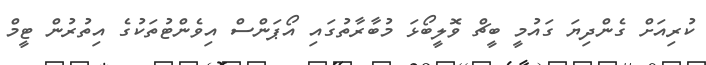
ކުރިއަށް ގެންދިޔަ ގައުމީ ބީޗް ވޮލީބޯޅަ މުބާރާތުގައި އޯޕަންސް އިވެންޓުތަކުގެ އިތުރުން ޓީމް